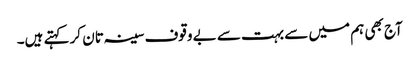
آج بھی ہم میں سے بہت سے بے وقوف سینہ تان کر کہتے ہیں۔